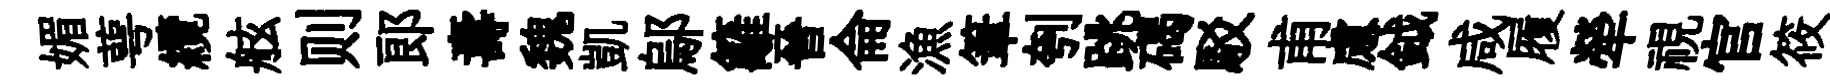
媚萼纜舷则郎夀魏凱鄔籬晉侖漁筆刳跳碣駁甫慮鉞咸履犖視官筱